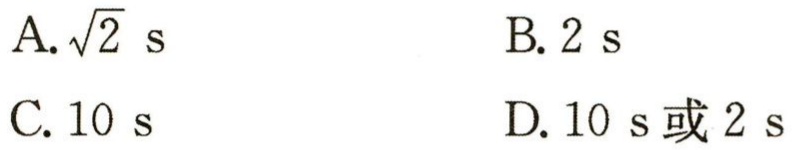
A.$\sqrt{2}\text{ s}$
B.$2\text{ s}$
C.$10\text{ s}$
D.$10\text{ s或}2\text{ s}$